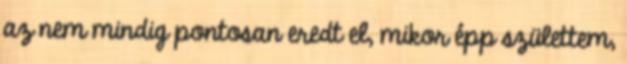
az nem mindig pontosan eredt el, mikor épp születtem,